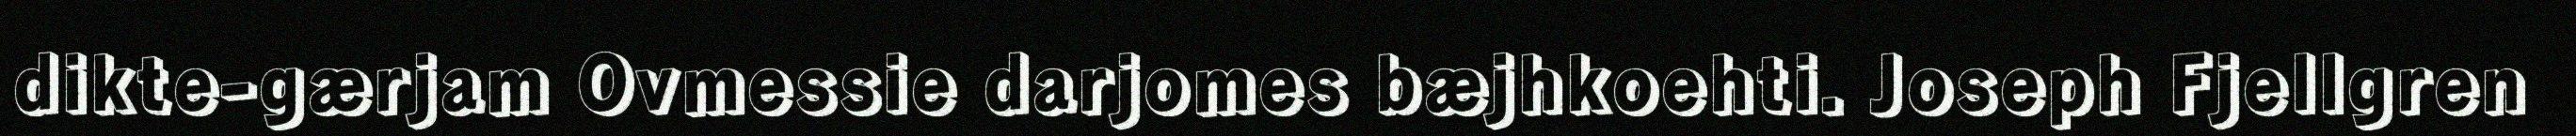
dikte-gærjam Ovmessie darjomes bæjhkoehti. Joseph Fjellgren